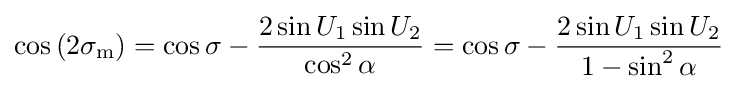
\cos \left(2\sigma _{\text{m}}\right)=\cos \sigma -{\frac {2\sin U_{1}\sin U_{2}}{\cos ^{2}\alpha }}=\cos \sigma -{\frac {2\sin U_{1}\sin U_{2}}{1-\sin ^{2}\alpha }}